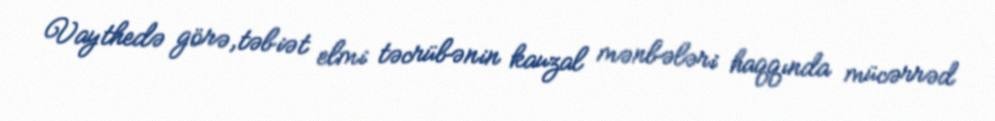
Vaythedə görə,təbiət elmi təcrübənin kauzal mənbələri haqqında mücərrəd